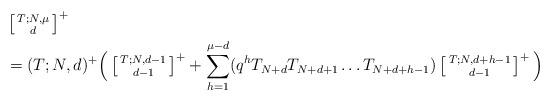
LaTeX: \begin{align*} &\left[ \begin{smallmatrix} T; N,\mu \\ d \end{smallmatrix} \right]^+\\&=(T;N,d)^+ \Big( \left[ \begin{smallmatrix} T; N, d-1 \\ d-1 \end{smallmatrix} \right]^+ + \sum_{h=1}^{\mu - d} (q^h T_{N+d} T_{N+d+1} \dots T_{N+d+h-1}) \left[ \begin{smallmatrix} T; N, d +h -1 \\ d-1 \end{smallmatrix} \right]^+\Big)\end{align*}